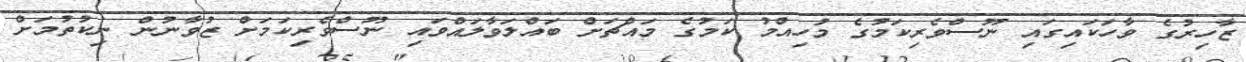
ޒާހިރުގެ ވާހަކައިގައި ނޫސްވެރިކަމުގެ މުހިއްމު ކަމުގެ މައްޗަށް ބައްލަވާލައްވައި ނޫސްވެރިކަމަށް ޒުވާނުން ނިކުތުމަށް